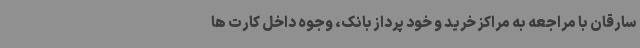
سارقان با مراجعه به مراکز خرید و خود پرداز بانک، وجوه داخل کارت ها